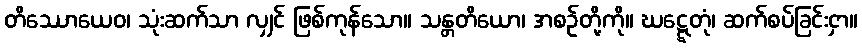
တိဿောယေဝ၊ သုံးဆက်သာ လျှင် ဖြစ်ကုန်သော။ သန္တတိယော၊ အစဉ်တို့ကို။ ဃဋ္ဋေတုံ၊ ဆက်စပ်ခြင်းငှာ။